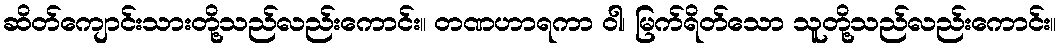
ဆိတ်ကျောင်းသားတို့သည်လည်းကောင်း။ တဏဟာရကာ ဝါ၊ မြက်ရိတ်သော သူတို့သည်လည်းကောင်း။